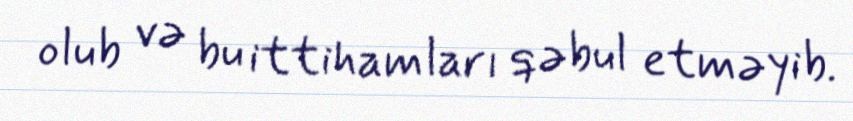
olub və bu ittihamları qəbul etməyib.